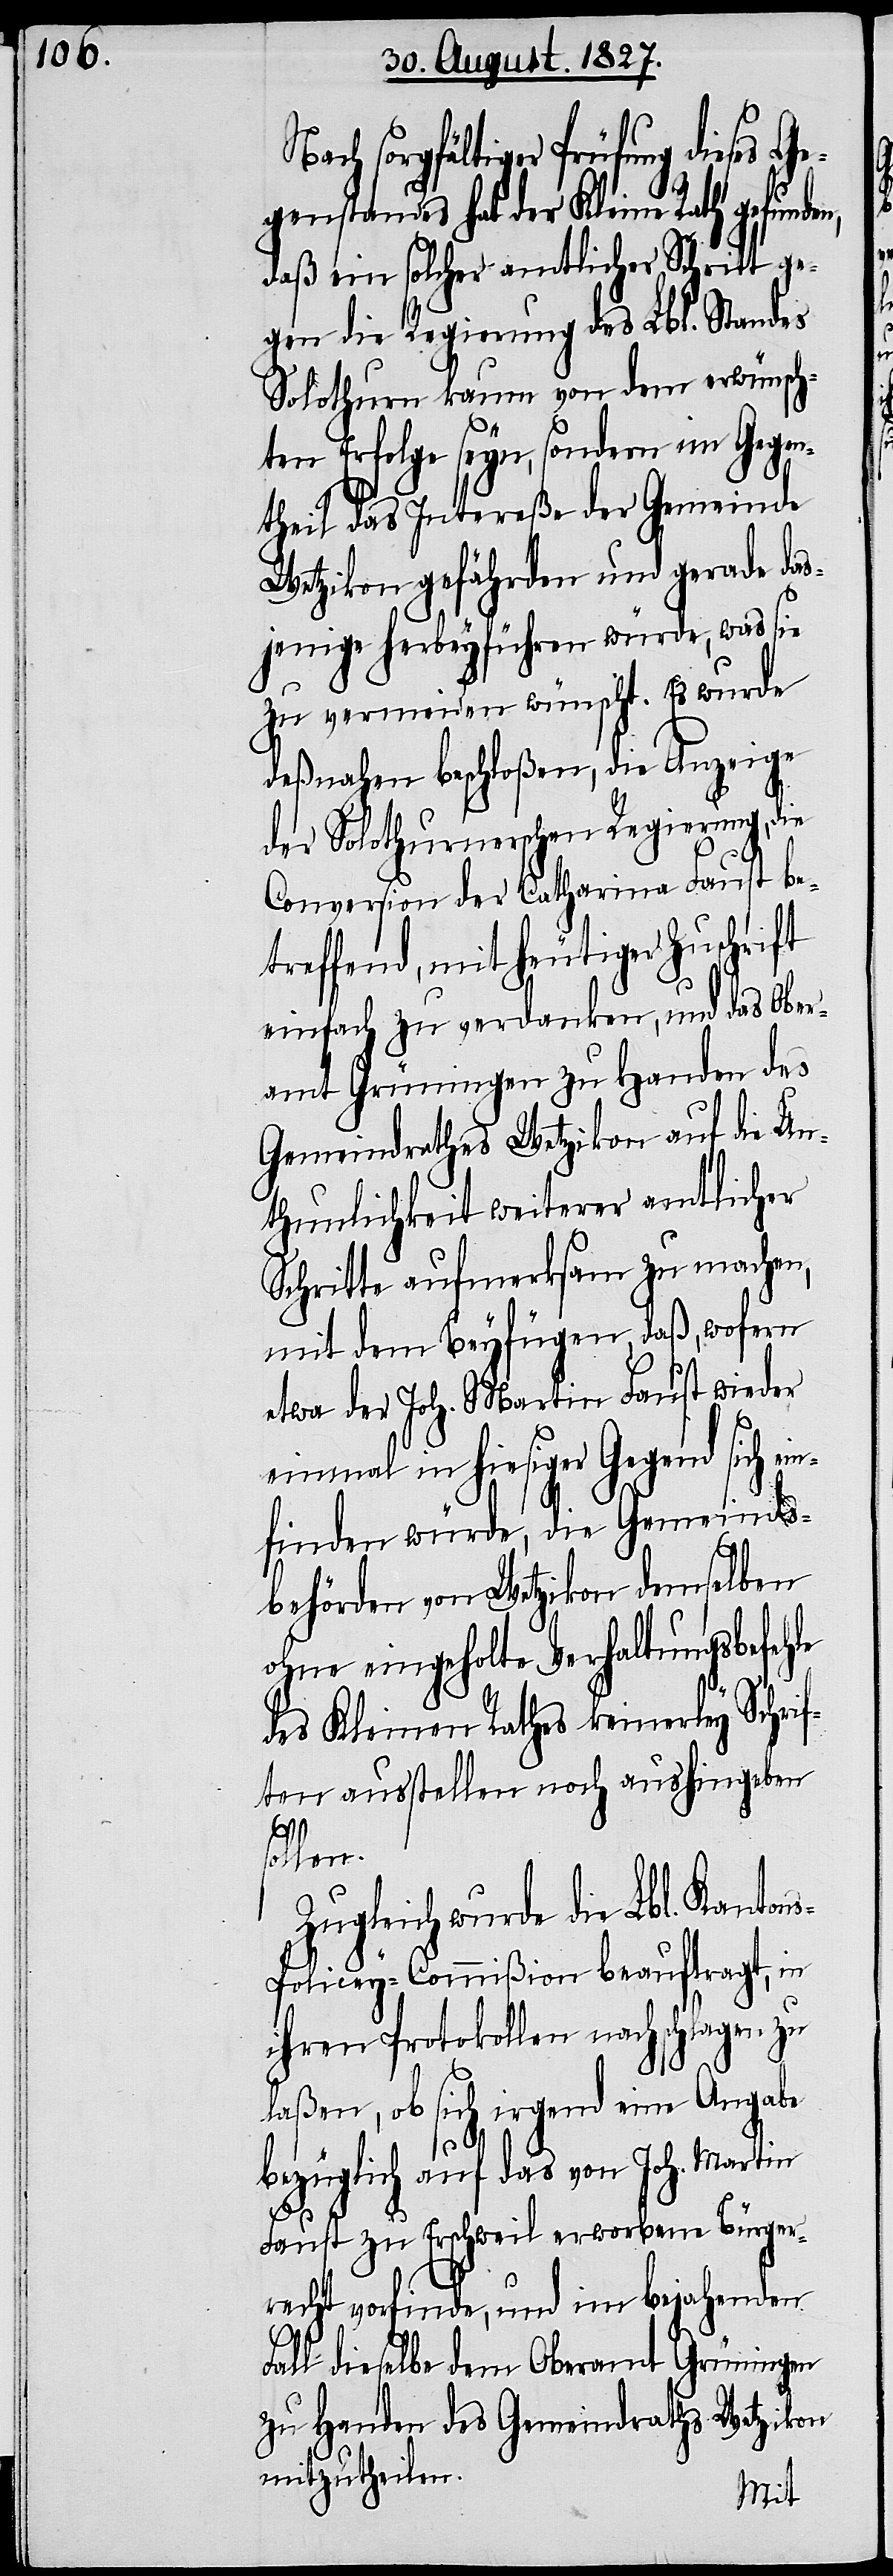
Nach sorgfältiger Prüfung dieses G¬
egenstandes hat der Kleine Rath gefunde¬
daß ein solcher amtlicher Schritt ge¬
gen die Regierung des Lbl. Standes
Solothurn kaum von dem erwünsch¬
ten Erfolge seyn, sondern im Gegen¬
theil das Intereße der Gemeinde
Wetzikon gefährden und gerade das¬
jenige herbeyführen würde, was sie
zu vermeiden wünscht. Es wurde
deßnahen beschloßen, die Anzeige
der Solothurnerschen Regierung, die
Conversion der Catharina Faust be¬
treffend, mit heutiger Zuschrift
einfach zu verdanken, und das Ober¬
amt Grüningen zu Handen des
Gemeindrathes Wetzikon auf die Un¬
thunlichkeit weiterer amtlicher
Schritte aufmerksam zu machen,
mit dem Beyfügen, daß, wofern
etwa der Joh. Martin Faust wieder
einmal in hiesiger Gegend sich
einfinden würde, die Gemeinds¬
behörden von Wetzikon demselben
ohne eingeholte Verhaltungsbefehle
des Kleinen Rathes keinerley Schrif¬
ten ausstellen noch aushingeben
n,
sollen.
Zugleich wurde die Lbl. Kanton¬
s-Policey-Commißion beauftragt, in
ihren Protokollen nachschlagen zu
laßen, ob sich irgend eine Angabe
bezüglich auf das von Joh. Martin
Faust zu Erschweil erworbene Bürger¬
recht vorfinde, und im bejahenden
Fall dieselbe dem Oberamt Grüningen
zu Handen des Gemeindraths Wetzikon
mitzutheilen.